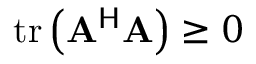
\operatorname { t r } \left( \mathbf { A } ^ { \mathsf { H } } \mathbf { A } \right) \geq 0